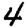
Digit: 4